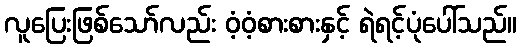
လူပြေးဖြစ်သော်လည်း ဝံ့ဝံ့စားစားနှင့် ရဲရင့်ပုံပေါ်သည်။